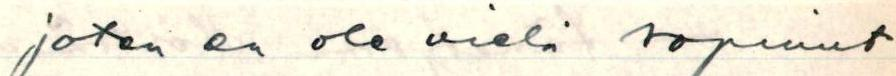
joten ei ole vielä sopinut